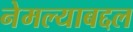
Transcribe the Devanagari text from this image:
नेमल्याबद्दल